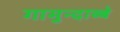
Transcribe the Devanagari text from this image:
गामुन्दाब्बे